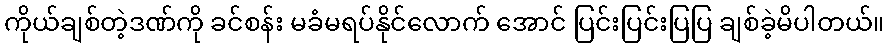
ကိုယ်ချစ်တဲ့ဒဏ်ကို ခင်စန်း မခံမရပ်နိုင်လောက် အောင် ပြင်းပြင်းပြပြ ချစ်ခဲ့မိပါတယ်။